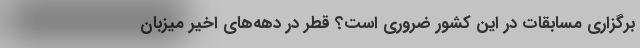
برگزاری مسابقات در این کشور ضروری است؟ قطر در دهه‌های اخیر میزبان